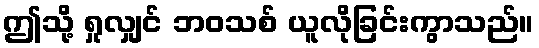
ဤသို့ ရှုလျှင် ဘဝသစ် ယူလိုခြင်းကွာသည်။